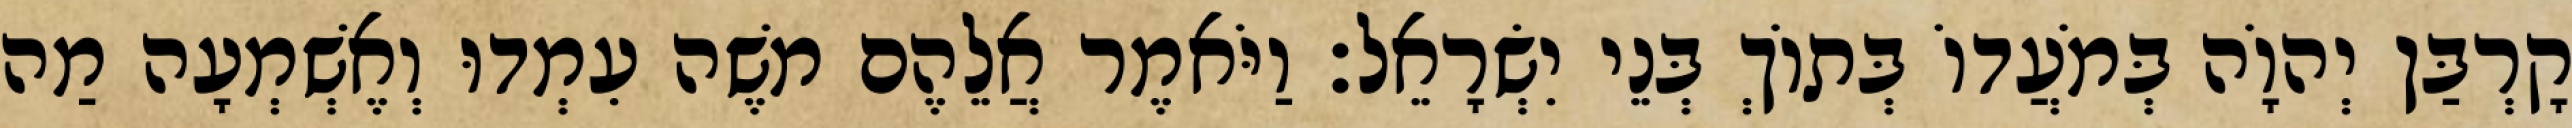
קָרְבַּן יְהוָֹה בְּמֹעֲדוֹ בְּתוֹךְ בְּנֵי יִשְׂרָאֵל׃ וַיֹּאמֶר אֲלֵהֶם משֶׁה עִמְדוּ וְאֶשְׁמְעָה מַה